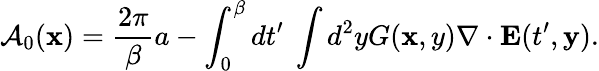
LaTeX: {\cal A}_{0}({\mathbf x})=\frac{2\pi}{\beta}a-\int_{0}^{\beta}dt^{\prime}~\int d^{2}yG({\mathbf x,y}){\mathbf\nabla}\cdot{\mathbf E}(t^{\prime},{\mathbf y}).